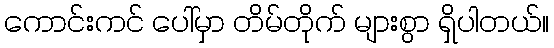
ကောင်းကင် ပေါ်မှာ တိမ်တိုက် များစွာ ရှိပါတယ်။